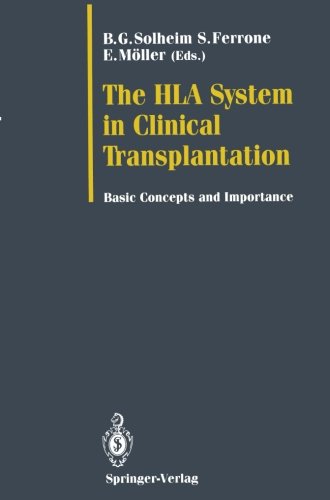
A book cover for The HLA System in Clinical Transplantation: Basic Concepts and Importance; Health, Fitness & Dieting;